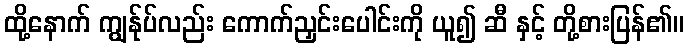
ထို့နောက် ကျွန်ုပ်လည်း ကောက်ညှင်းပေါင်းကို ယူ၍ ဆီ နှင့် တို့စားပြန်၏။